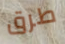
طرق